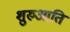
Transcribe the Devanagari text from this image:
शुरुआति